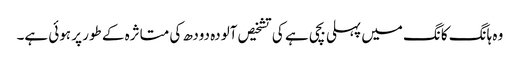
وہ ہانگ کانگ میں پہلی بچی ہے کی تشخیص آلودہ دودھ کی متاثرہ کے طور پر ہوئی ہے۔